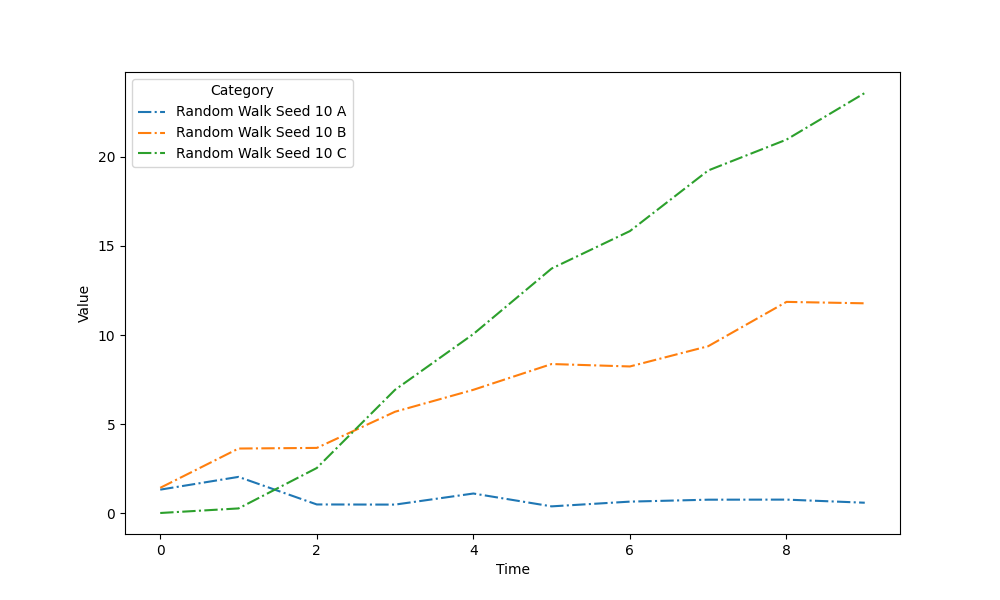
python, seaborn, lineplot, style='dashdot', marker='None'